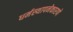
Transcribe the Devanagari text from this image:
धर्मस्थापनेकारणे